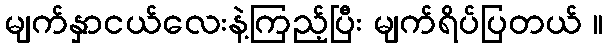
မျက်နှာငယ်လေးနဲ့ကြည့်ပြီး မျက်ရိပ်ပြတယ် ။